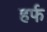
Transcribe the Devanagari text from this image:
हर्फ